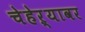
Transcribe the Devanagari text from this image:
चेहेऱ्यावर